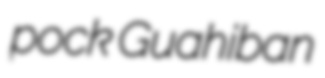
pock Guahiban